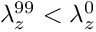
\lambda _ { z } ^ { 9 9 } < \lambda _ { z } ^ { 0 }